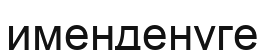
именденуге